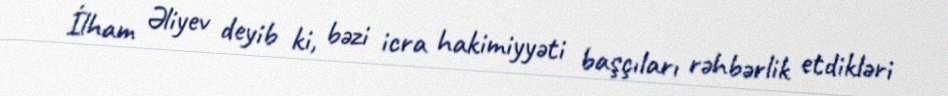
İlham Əliyev deyib ki, bəzi icra hakimiyyəti başçıları rəhbərlik etdikləri